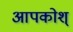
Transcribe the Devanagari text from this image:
आपकोश्